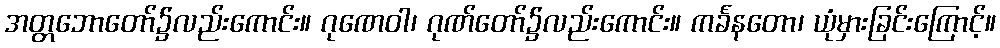
အတ္တဘောတော်၌လည်းကောင်း။ ဂုဏေဝါ၊ ဂုဏ်တော်၌လည်းကောင်း။ ကင်္ခနတော၊ ယုံမှားခြင်းကြောင့်။